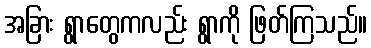
အခြား ရွာတွေကလည်း ရွာကို ဖြတ်ကြသည်။